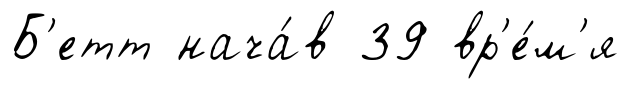
Б'етт нача́в 39 вр'е́м'я